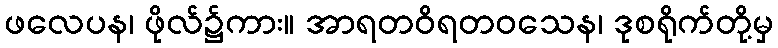
ဖလေပန၊ ဖိုလ်၌ကား။ အာရတဝိရတဝသေန၊ ဒုစရိုက်တို့မှ